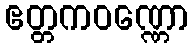
ဧတ္တကဝဏ္ဏော